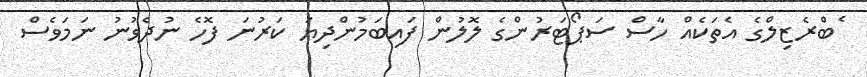
ެބްރެޒިލްގެ އެތަކެއް ހާސް ސަޕޯޓަރުންގެ ލޮލުން ފައިބަމުންދިޔަ ކަރުނަ ފޮހެ ނުދެވުނު ނަމަވެސް